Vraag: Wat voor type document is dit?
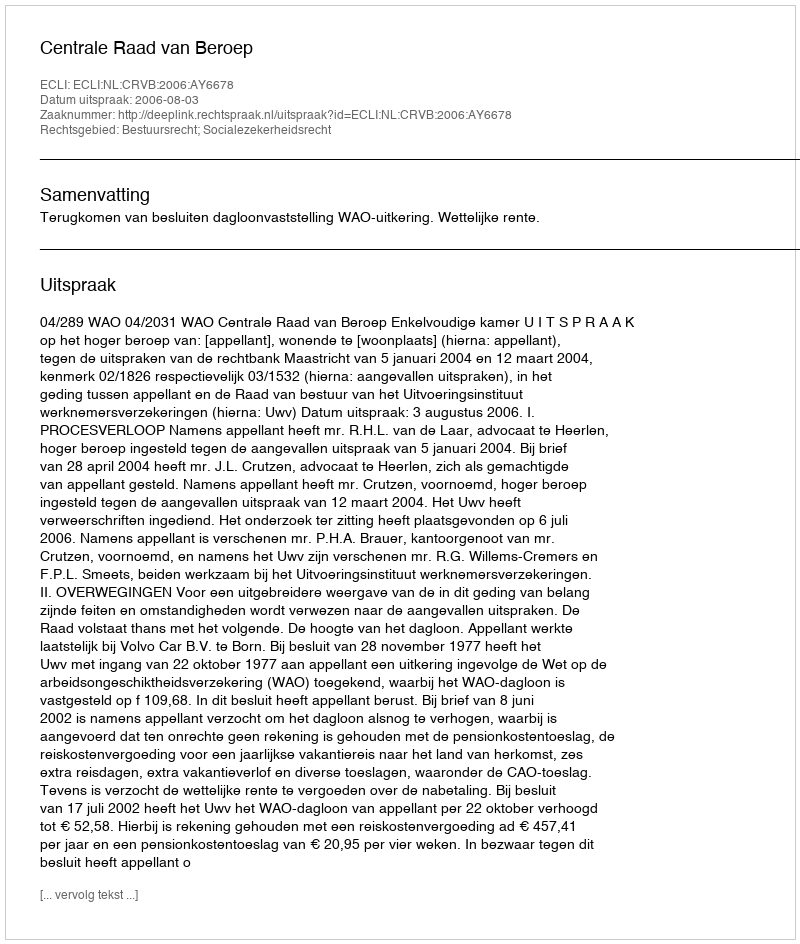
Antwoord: Uitspraak